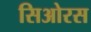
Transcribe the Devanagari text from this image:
सिओरस